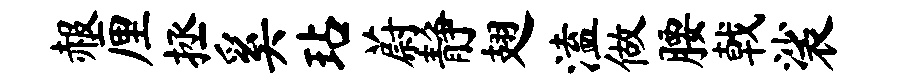
赧厘拯奚玷蔚静翅溘做腰戟裟